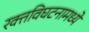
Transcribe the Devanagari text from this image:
रक्तविघटनामध्ये